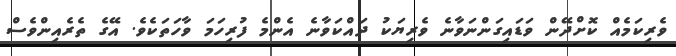
ވެރިކަމެއް ކޮށްދޭން ވަޑައިގަންނަވާނެ ވެރިޔަކު ދައްކަވާނެ އެންމެ ފުރިހަމަ ވާހަތަކެވެ. އޭގެ ތެރެއިންވެސް